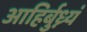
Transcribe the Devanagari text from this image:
आहिर्बुध्न्यं